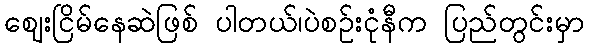
ဈေးငြိမ်နေဆဲဖြစ် ပါတယ်၊ပဲစဥ်းငုံနီက ပြည်တွင်းမှာ